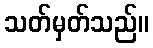
သတ်မှတ်သည်။